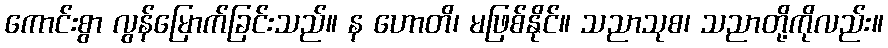
ကောင်းစွာ လွန်မြောက်ခြင်းသည်။ န ဟောတိ၊ မဖြစ်နိုင်။ သညာသုစ၊ သညာတို့ကိုလည်း။